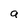
Character: a